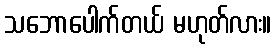
သဘောပေါက်တယ် မဟုတ်လား။